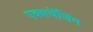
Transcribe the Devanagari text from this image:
एक्सचेंजिंग